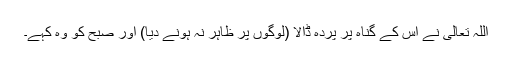
اللہ تعالیٰ نے اس کے گناہ پر پردہ ڈالا (لوگوں پر ظاہر نہ ہونے دیا) اور صبح کو وہ کہے۔